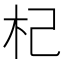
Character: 杞